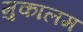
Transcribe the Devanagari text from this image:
मुकालम